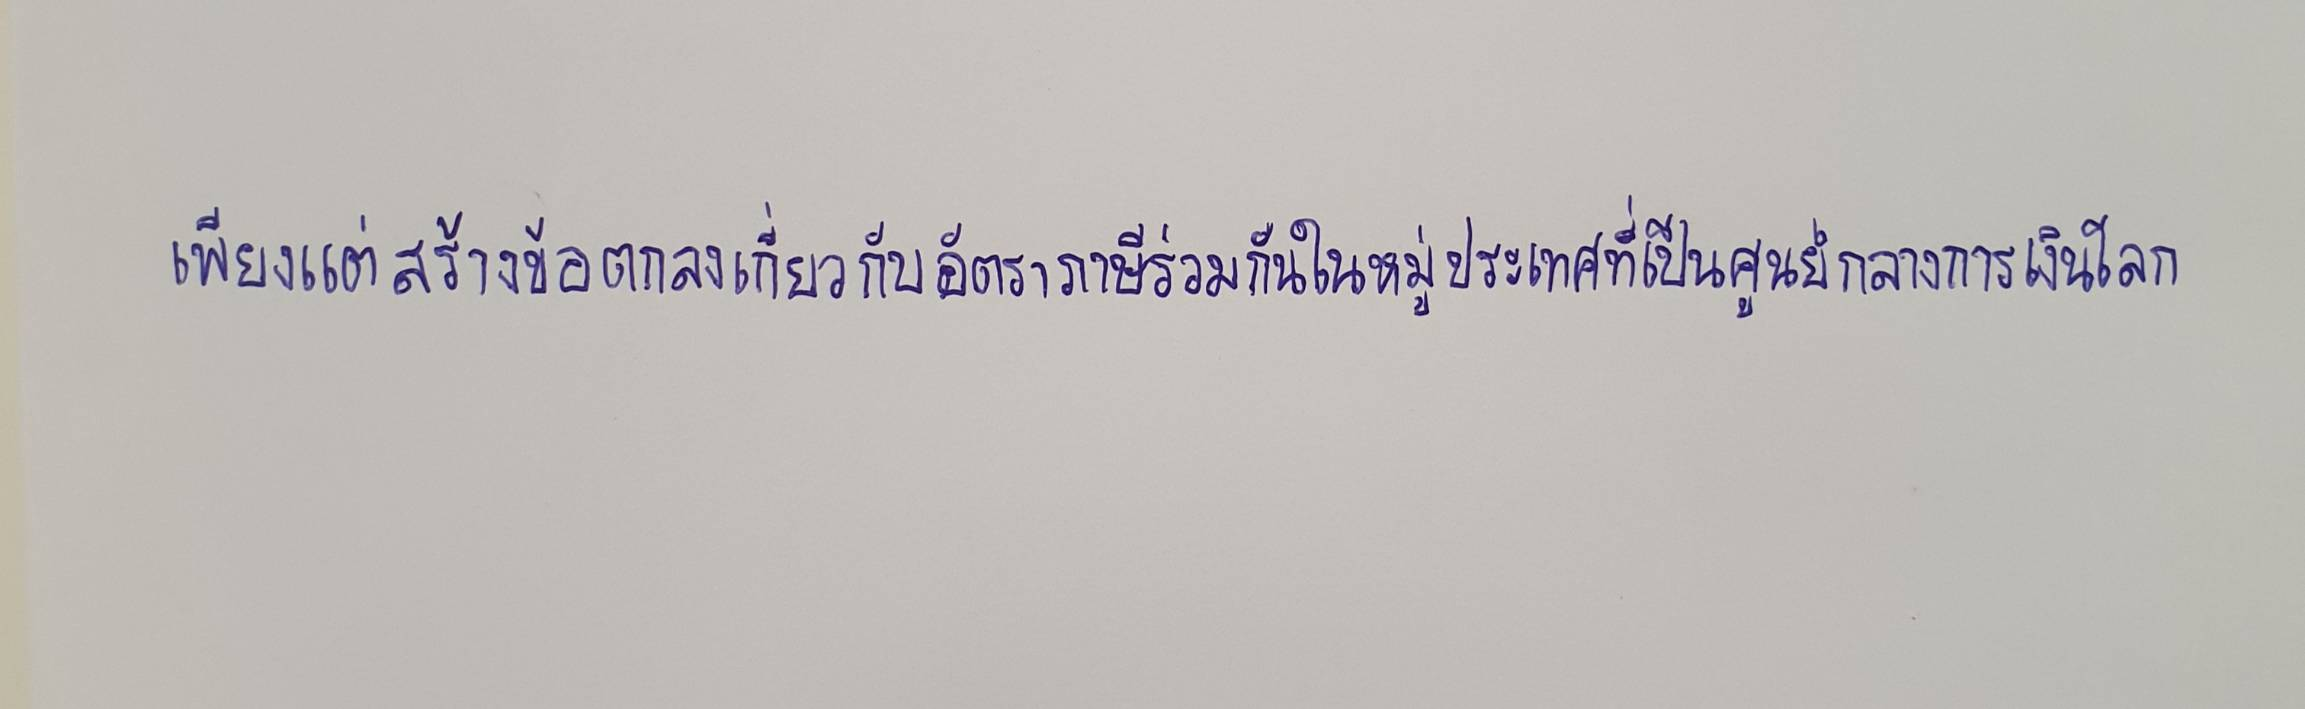
เพียงแต่สร้างข้อตกลงเกี่ยวกับอัตราภาษีร่วมกันในหมู่ประเทศที่เป็นศูนย์กลางการเงินโลก